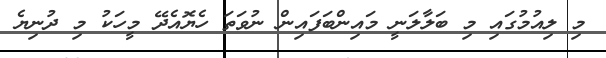
މި ލިއުމުގައި މި ބަލާލަނީ މައިންބަފައިން ނުވަތަ ހެޔޮއެދޭ މީހަކު މި ދުނިޔެ